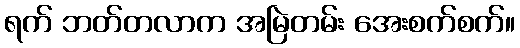
ရက် ဘတ်တလာက အမြဲတမ်း အေးစက်စက်။